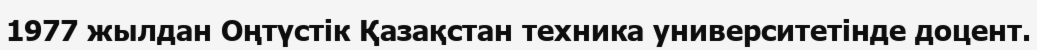
1977 жылдан Оңтүстік Қазақстан техника университетінде доцент.